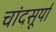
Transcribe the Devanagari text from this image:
चांदसूर्या